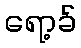
ရော့ခ်